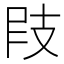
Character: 𢻀